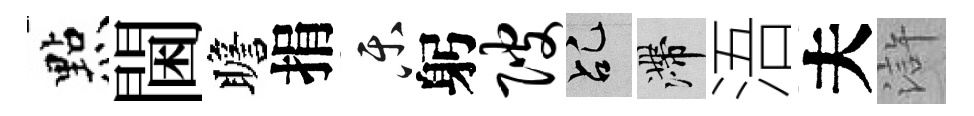
㸃閫瞻捐乐躬陂乩滯浯夫滸